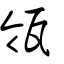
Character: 瓴